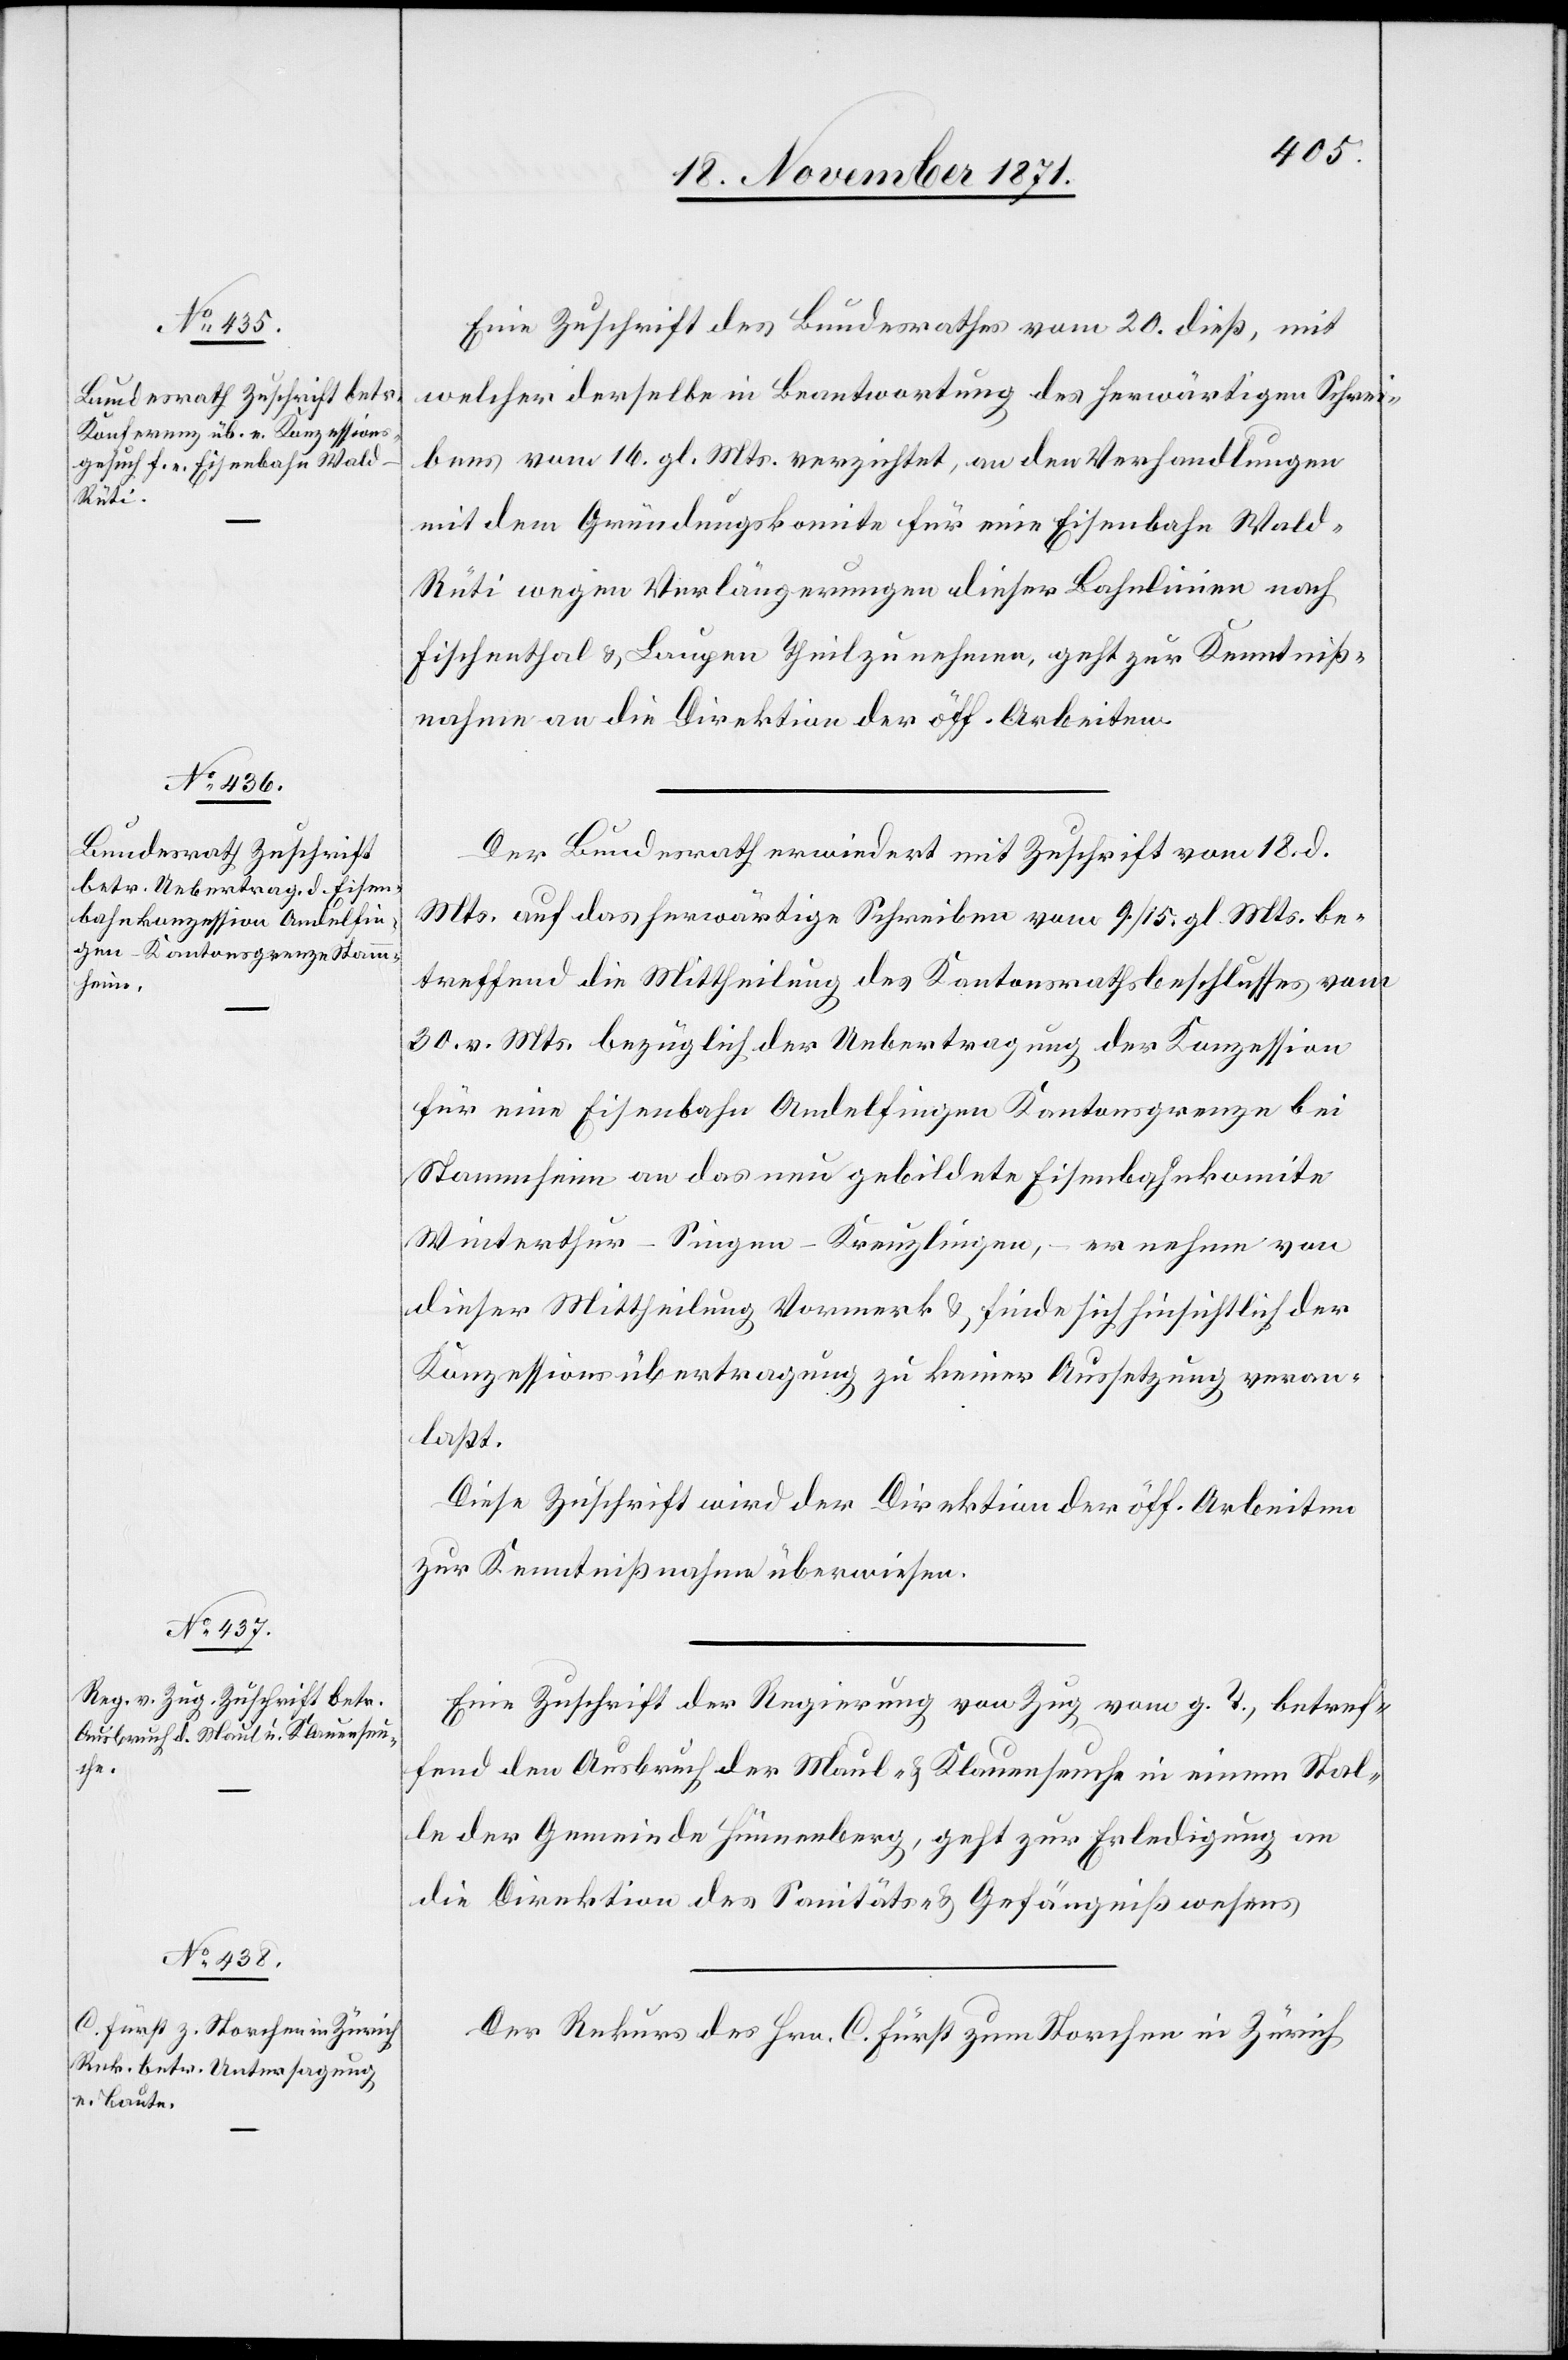
22. November 1871.]
Eine Zuschrift des Bundesrathes vom 20. dieß, mit
welcher derselbe in Beantwortung des herwärtigen Schrei¬
bens vom 16. gl. Mts. verzichtet, an den Verhandlungen
mit dem Gründungskomite für eine Eisenbahn Wal¬
d–Rüti wegen Verlängerung dieser Bahnlinie nach
Fischenthal & Laupen theilzunehmen, geht zur Kenntniß¬
nahme an die Direktion der öff. Arbeiten.
Der Bundesrath erwiedert mit Zuschrift vom 18. d.
Mts. auf das herwärtige Schreiben vom 9. / 15. gl. Mts. be¬
treffend die Mittheilung des Kantonsrathsbeschlusses vom
30. v. Mts. bezüglich der Uebertragung der Konzession
für eine Eisenbahn Andelfingen Kantonsgrenze bei
Stammheim an das neu gebildete Eisenbahnkomite
Winterthur–Singen–Kreuzlingen, – er nehme von
dieser Mittheilung Vormerk & finde sich hinsichtlich der
Konzessionsübertragung zu keiner Aussetzung veran¬
laßt.
Diese Zuschrift wird der Direktion der öff. Arbeiten
zur Kenntnißnahme überwiesen.
Eine Zuschrift der Regierung von Zug vom g. T., betref¬
fend den Ausbruch der Maul- & Klauenseuche in einem Stal¬
le der Gemeinde Hünenberg, geht zur Erledigung an
die Direktion des Sanitäts- & Gefängnißwesens.
Der Rekurs des Hrn. C. Fürst zum Storchen in Zürich